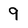
Character: 9